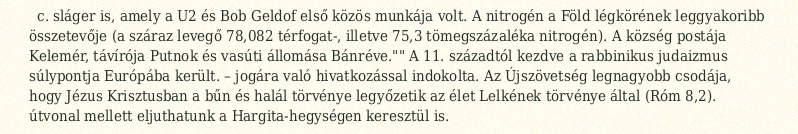
c. sláger is, amely a U2 és Bob Geldof első közös munkája volt. A nitrogén a Föld légkörének leggyakoribb összetevője (a száraz levegő 78,082 térfogat-, illetve 75,3 tömegszázaléka nitrogén). A község postája Kelemér, távírója Putnok és vasúti állomása Bánréve."" A 11. századtól kezdve a rabbinikus judaizmus súlypontja Európába került. – jogára való hivatkozással indokolta. Az Újszövetség legnagyobb csodája, hogy Jézus Krisztusban a bűn és halál törvénye legyőzetik az élet Lelkének törvénye által (Róm 8,2). útvonal mellett eljuthatunk a Hargita-hegységen keresztül is.